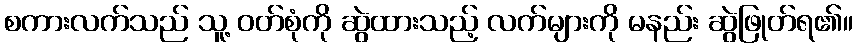
စကားလက်သည် သူ့ ဝတ်စုံကို ဆွဲထားသည့် လက်များကို မနည်း ဆွဲဖြုတ်ရ၏။